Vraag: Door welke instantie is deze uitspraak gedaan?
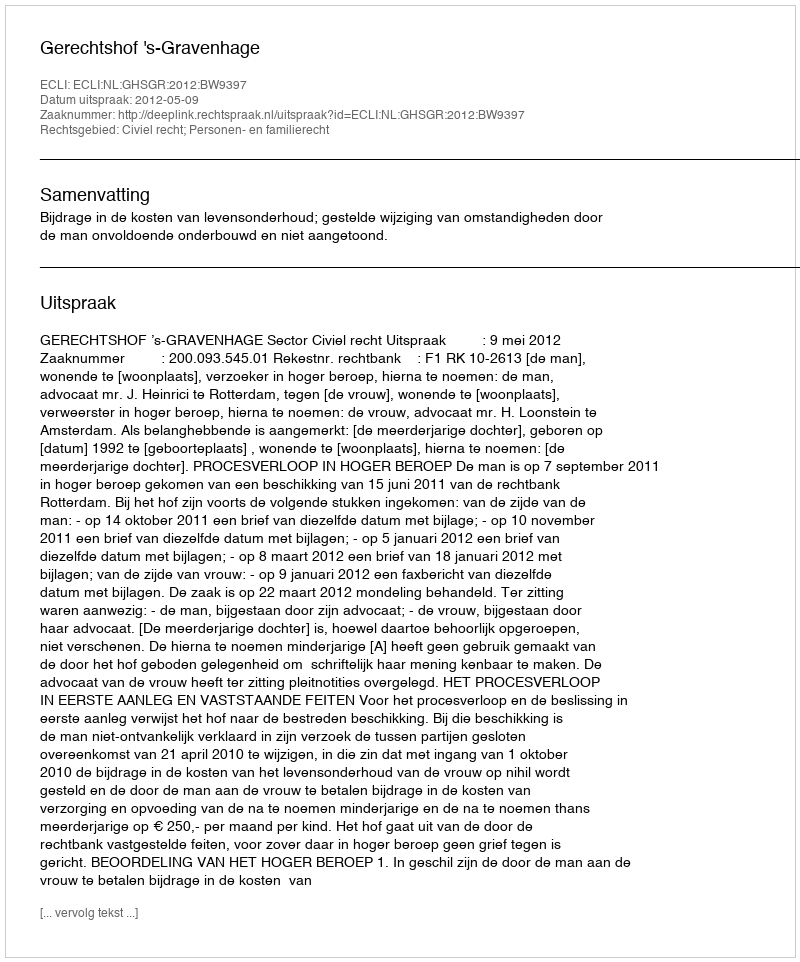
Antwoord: Gerechtshof 's-Gravenhage